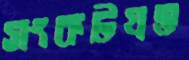
সংকটগ্রস্ত